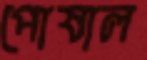
পোষাল